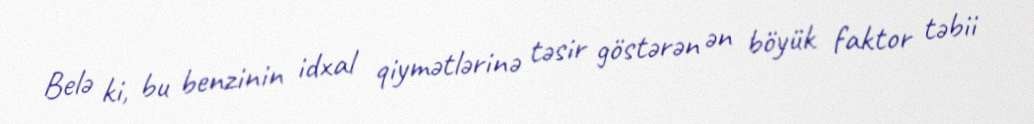
Belə ki, bu benzinin idxal qiymətlərinə təsir göstərən ən böyük faktor təbii